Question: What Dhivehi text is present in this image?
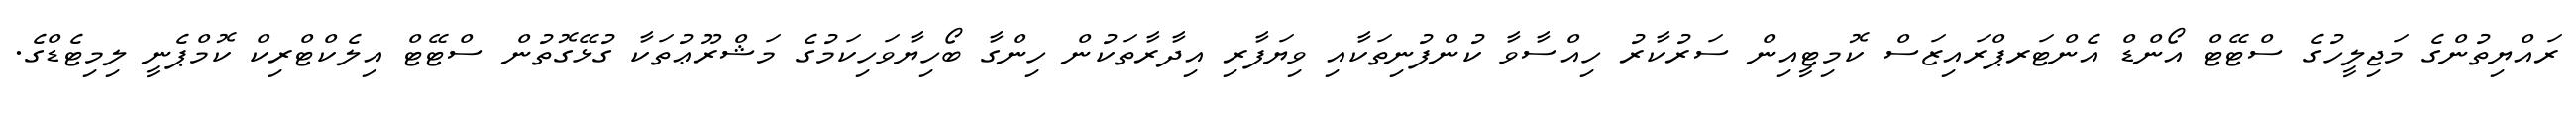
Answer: ރައްޔިތުންގެ މަޖިލީހުގެ ސްޓޭޓް އޯންޑް އެންޓަރޕްރައިޒަސް ކޮމިޓީއިން ސަރުކާރު ހިއްސާވާ ކުންފުނިތަކާއި ވިޔަފާރި އިދާރާތަކުން ހިންގާ ބޯހިޔާވަހިކަމުގެ މަޝްރޫޢުތަކާ ގުޅޭގޮތުން ސްޓޭޓް އިލެކްޓްރިކް ކޮމްޕެނީ ލިމިޓެޑްގެ.